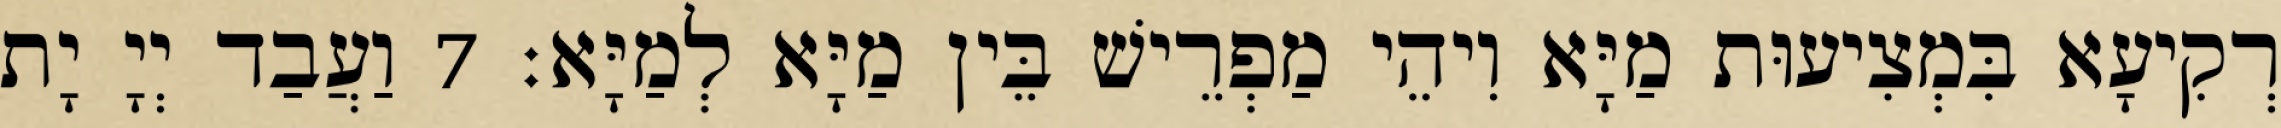
רְקִיעָא בִּמְצִיעוּת מַיָּא וִיהֵי מַפְרֵישׁ בֵּין מַיָּא לְמַיָּא׃ 7 וַעֲבַד יְיָ יָת